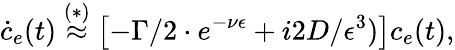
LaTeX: \dot{c}_{e}(t)\overset{(*)}{\approx}\left[-\Gamma/2\cdot e^{-\nu\epsilon}+i2D/\epsilon^{3})\right]c_{e}(t),